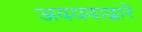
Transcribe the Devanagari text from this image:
अवयवाद्वारे